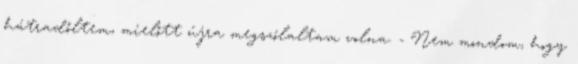
hátradőltem, mielőtt újra megszólaltam volna. - Nem mondom, hogy